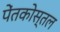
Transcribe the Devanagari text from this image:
पेंतकोस्तल